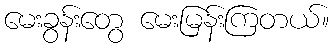
မေးခွန်းတွေ မေးမြန်းကြတယ်။